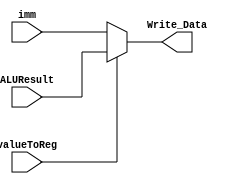
module WriteToReg(
    input [7:0] ALUResult,
    input [7:0] imm,
    input valueToReg,
    output [7:0] Write_Data
    );
    
    always@(*)
    begin
    if(valueToReg == 1)
        Write_Data = ALUResult;
     else
        Write_Data= imm;
        
    end
endmodule